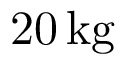
2 0 \, \mathrm { k g }